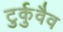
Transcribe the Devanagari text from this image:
टुर्कुवैव